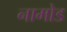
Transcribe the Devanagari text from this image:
नामोड